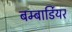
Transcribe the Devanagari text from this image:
बम्बार्डियर